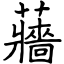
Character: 蘠